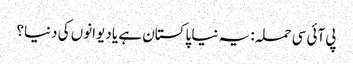
پی آئی سی حملہ: یہ نیا پاکستان ہے یا دیوانوں کی دنیا؟